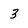
Character: 3